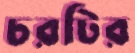
চরটির